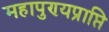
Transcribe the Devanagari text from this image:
महापुण्यप्राप्ति